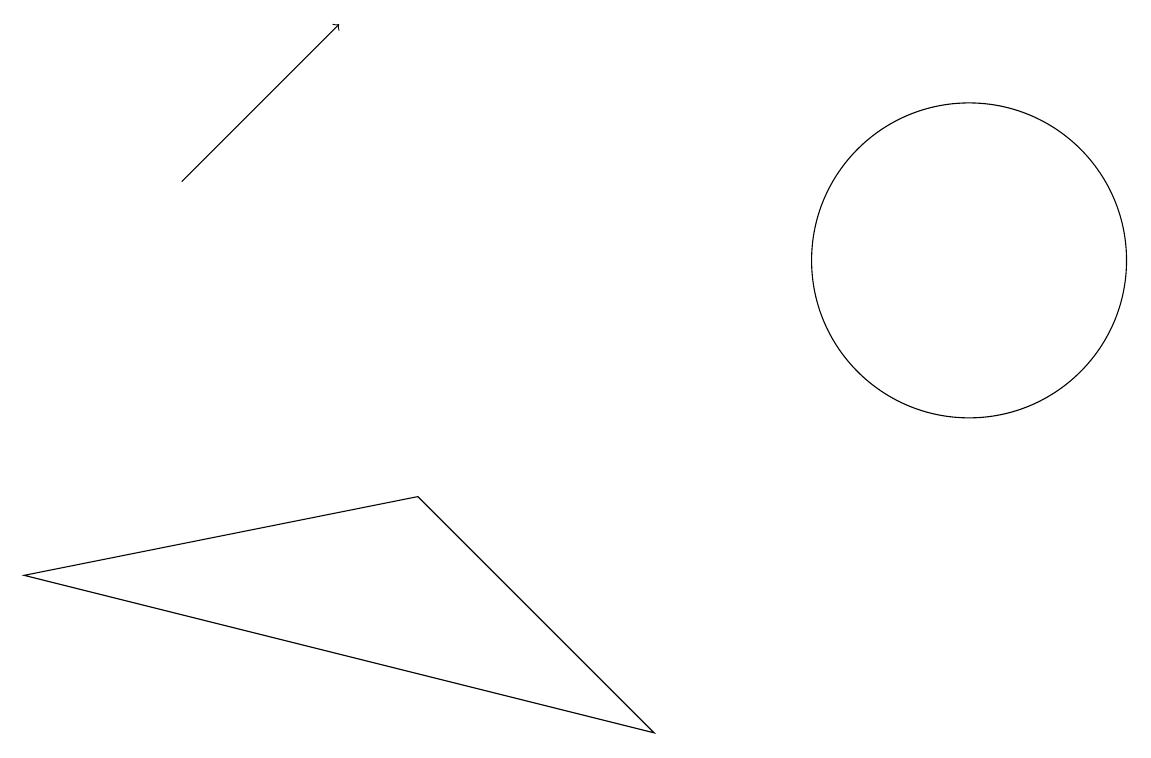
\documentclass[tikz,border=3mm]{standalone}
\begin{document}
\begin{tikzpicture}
\draw (10,10) circle (0);
\draw[->] (2,11) -- (4,13);
\draw (8,4) -- (0,6) -- (5,7) -- cycle;
\draw (12,10) circle (2);
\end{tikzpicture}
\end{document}